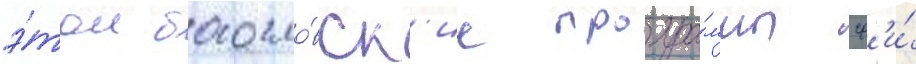
э́том богосло́вск'ие програ́ммы сф'и́